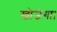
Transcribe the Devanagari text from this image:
खोजेगा।